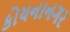
કોયનાનગર